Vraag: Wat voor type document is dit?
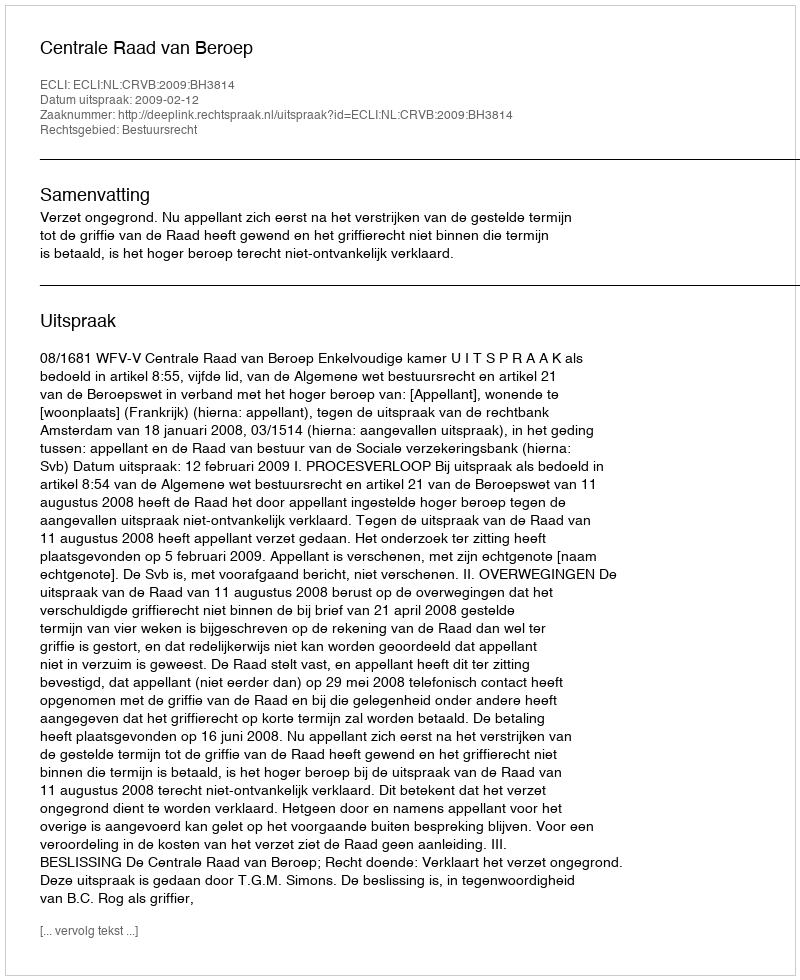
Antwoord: Uitspraak